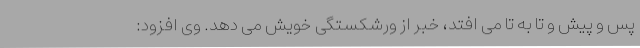
پس و پیش و تا به تا می افتد، خبر از ورشکستگی خویش می دهد. وی افزود: